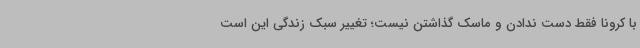
با کرونا فقط دست ندادن و ماسک گذاشتن نیست؛ تغییر سبک زندگی این است